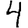
Digit: 4